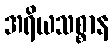
အရိယသစ္စာန